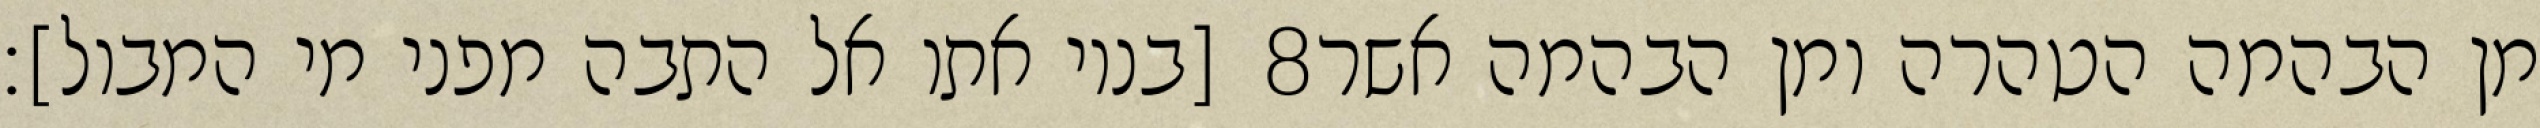
[בניו אתו אל התבה מפני מי המבול]׃ ‎8‏ מן הבהמה הטהרה ומן הבהמה אשר